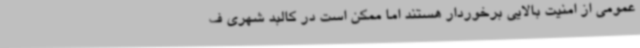
عمومی از امنیت بالایی برخوردار هستند اما ممکن است در کالبد شهری ف